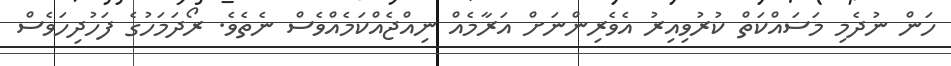
ހަން ނުދެމި މަސައްކަތް ކުރުވިއިރު އެވެރިންނަށް އަރާމެއް ނިއްޖެއްކަމެއްވެސް ނެތެވެ. ރޯދަމަހުގެ ފަހުދިހަވެސް